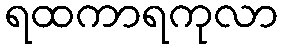
ရထကာရကုလာ